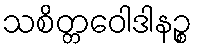
သစိတ္တဝေါဒါနဉ္စ